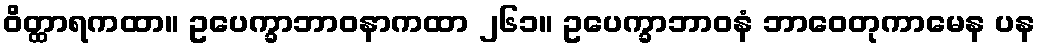
ဝိတ္ထာရကထာ။ ဥပေက္ခာဘာဝနာကထာ ၂၆၁။ ဥပေက္ခာဘာဝနံ ဘာဝေတုကာမေန ပန